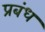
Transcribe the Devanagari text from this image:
प्रबंध